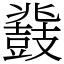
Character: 鼗